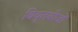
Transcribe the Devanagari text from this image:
विवृतबीजों